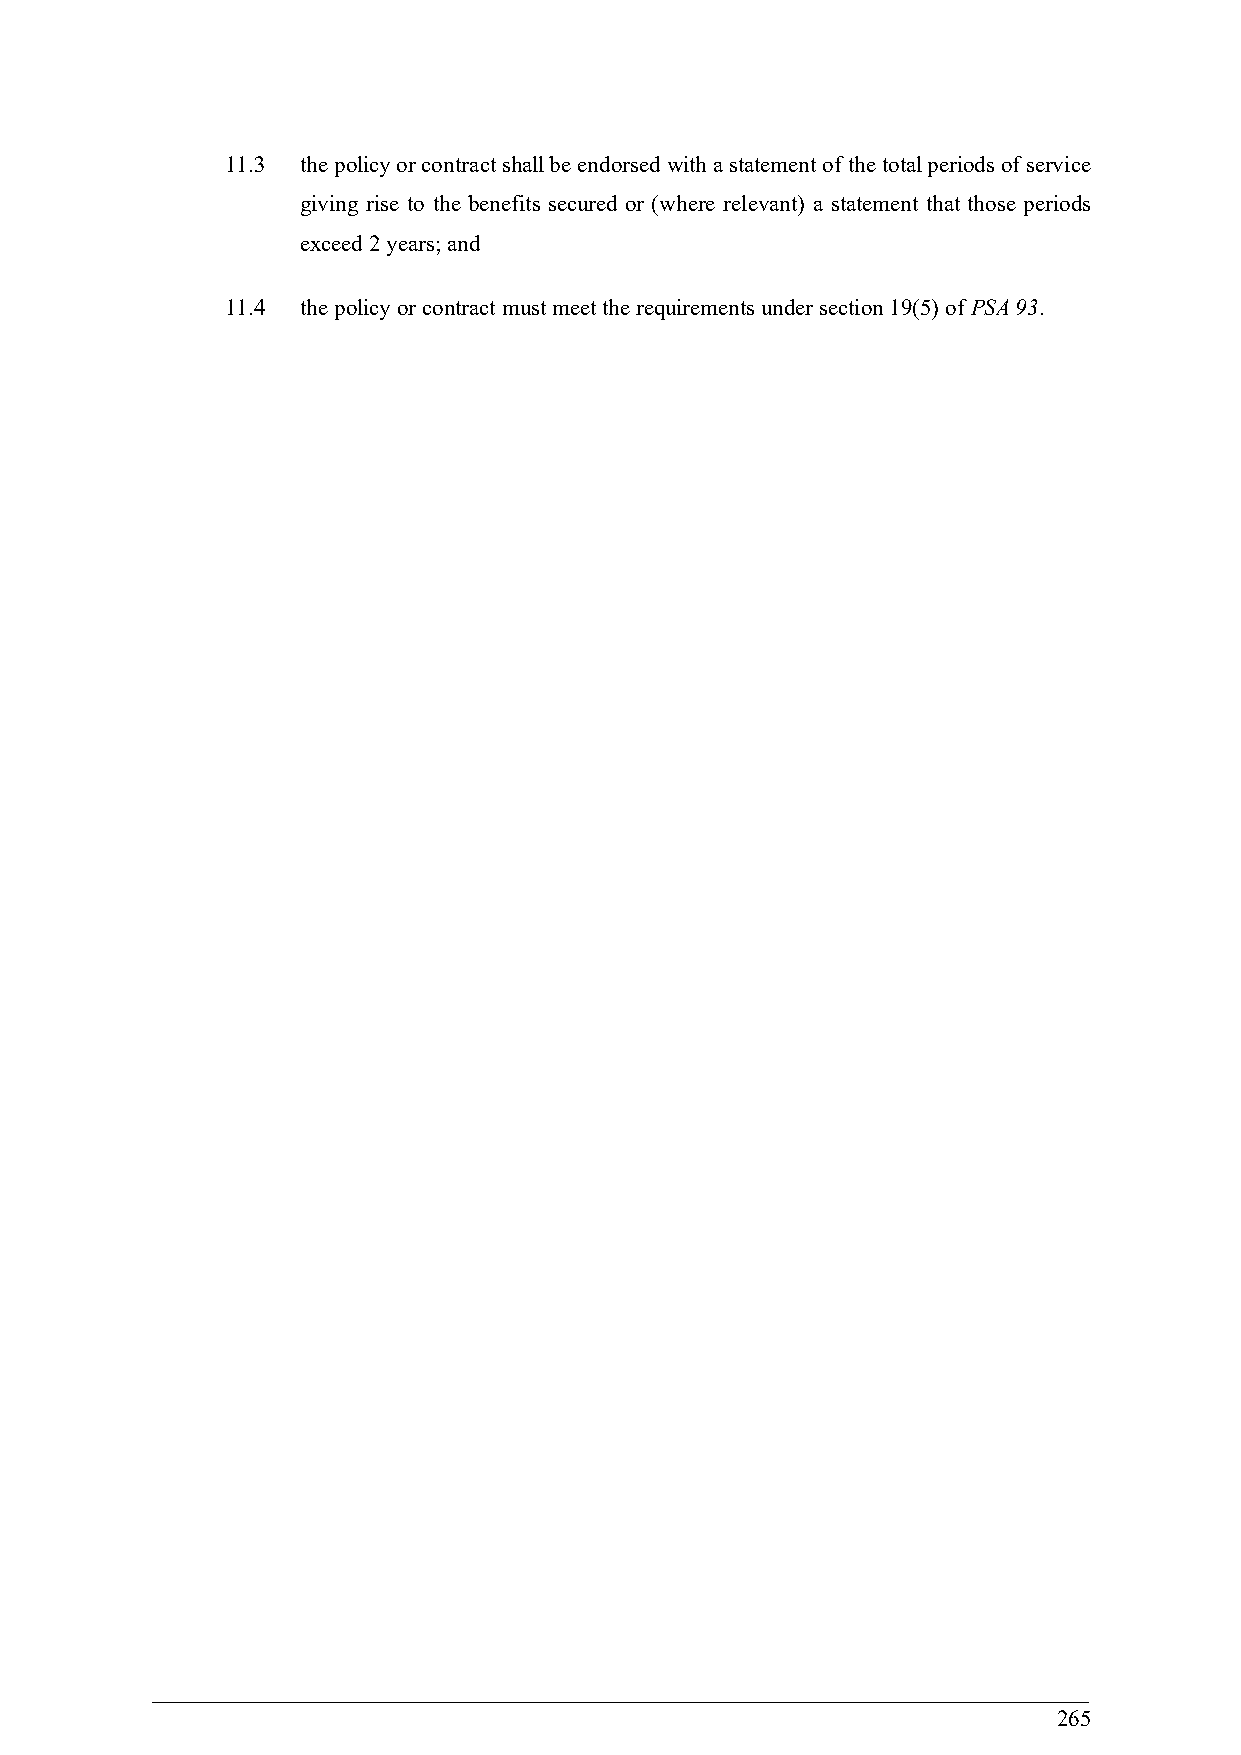
11.3 the policy or contract shall be endorsed with a statement of the total periods of service
 giving rise to the benefits secured or (where relevant) a statement that those periods
 exceed 2 years; and
 11.4 the policy or contract must meet the requirements under section 19(5) of PSA 93.
 265